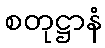
စတုဋ္ဌာနံ